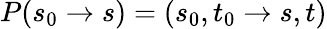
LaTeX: P(s_{0}\to s)=(s_{0},t_{0}\to s,t)